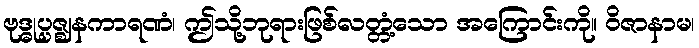
ဗုဒ္ဓုပ္ပဇ္ဈနကာရဏံ၊ ဤသို့ဘုရားဖြစ်လတ္တံ့သော အကြောင်းကို။ ဝိဇာနာမ၊